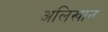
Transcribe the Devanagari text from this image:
अलिखान